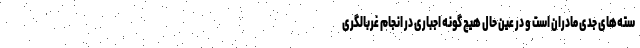
سته‌های جدی مادران است و در عین حال هیچ گونه اجباری در انجام غربالگری